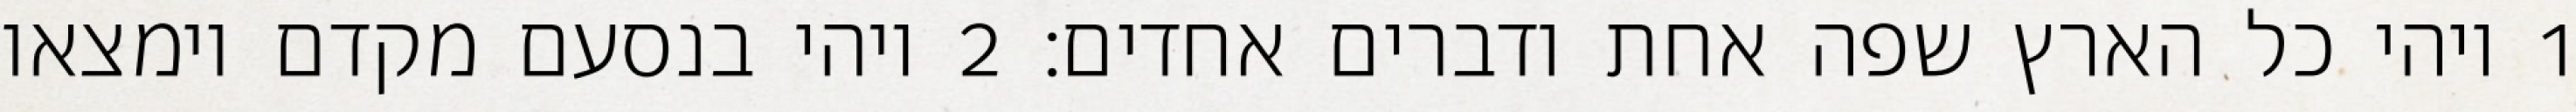
1 ויהי כל הארץ שפה אחת ודברים אחדים׃ ‎2‏ ויהי בנסעם מקדם וימצאו